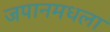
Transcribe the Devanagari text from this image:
जपानमधला